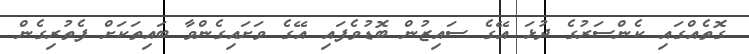
ގޮތެއްގައި ކެންސަރުގެ ދުޅަ އޭގެ ސައިޒުން ބޮޑުވެފައި އޭގެ ވަށައިގެންވާ ބައިތަކަށް ފެތުރިގެން